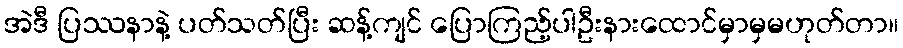
အဲဒီ ပြဿနာနဲ့ ပတ်သတ်ပြီး ဆန့်ကျင် ပြောကြည့်ပါဦးနားထောင်မှာမှမဟုတ်တာ။